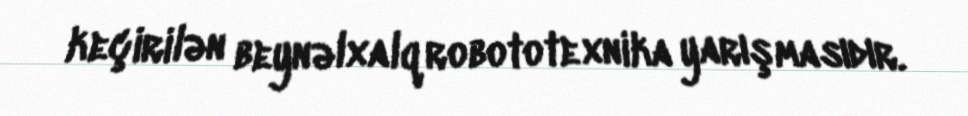
keçirilən beynəlxalq robototexnika yarışmasıdır.